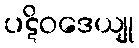
ပဋိဝဒေယျု